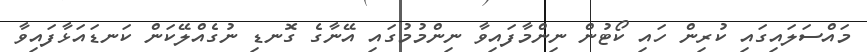
މައްސަލައިގައި ކުރިން ހައި ކޯޓުން ނިންމާފައިވާ ނިންމުމުގައި އޭނާގެ ގޮނޑި ނުގެއްލޭކަން ކަނޑައަޅާފައިވާ